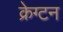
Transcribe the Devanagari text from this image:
क्रेग्टन